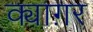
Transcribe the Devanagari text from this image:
क्याग़र